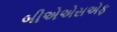
બીએએસએફ